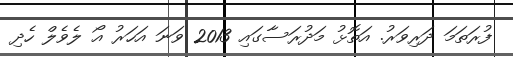
ފުރަތަމަ ދަރިވަރު. އަތޮޅު މަދުރަސާގައި 2013 ވަނަ އަހަރު އޯ ލެވެލް ހެދި